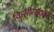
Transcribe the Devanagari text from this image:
किसीसहाबी